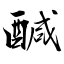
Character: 醎